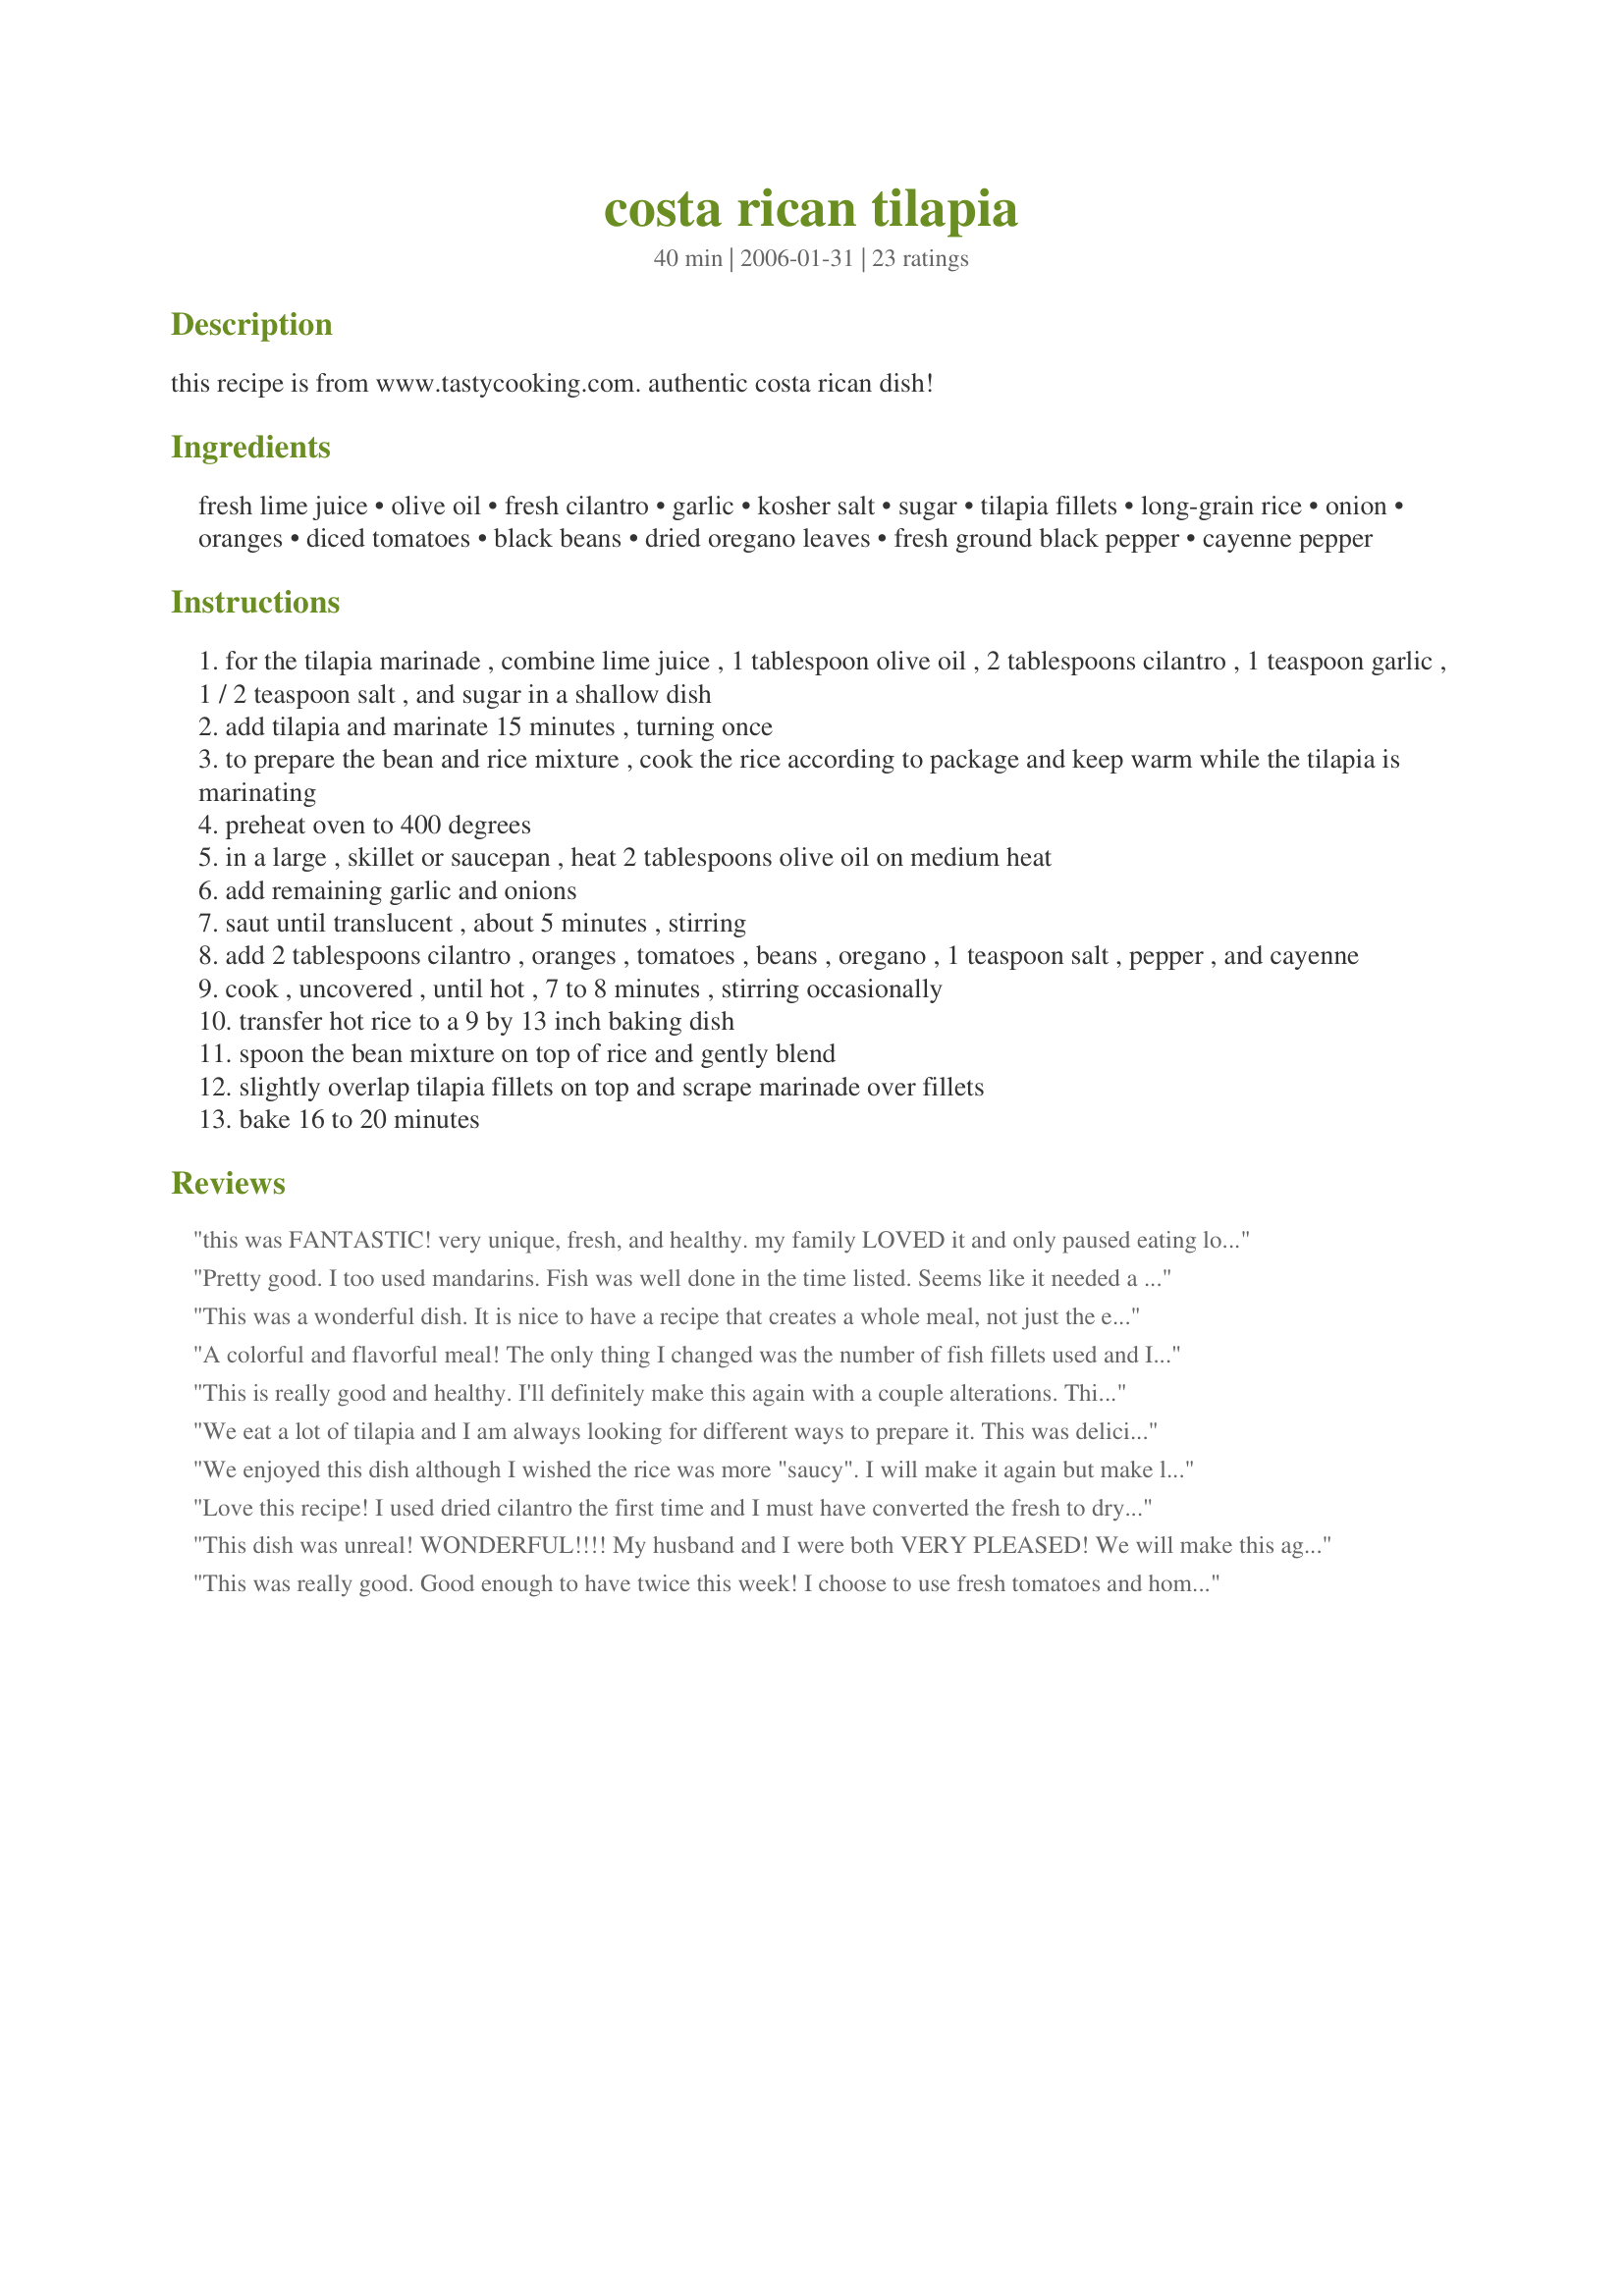
costa rican tilapia
Preparation time: 40 minutes

this recipe is from www.tastycooking.com. authentic costa rican dish!

Ingredients:
fresh lime juice, olive oil, fresh cilantro, garlic, kosher salt, sugar, tilapia fillets, long-grain rice, onion, oranges, diced tomatoes, black beans, dried oregano leaves, fresh ground black pepper, cayenne pepper

Steps:
for the tilapia marinade , combine lime juice , 1 tablespoon olive oil , 2 tablespoons cilantro , 1 teaspoon garlic , 1 / 2 teaspoon salt , and sugar in a shallow dish
add tilapia and marinate 15 minutes , turning once
to prepare the bean and rice mixture , cook the rice according to package and keep warm while the tilapia is marinating
preheat oven to 400 degrees
in a large , skillet or saucepan , heat 2 tablespoons olive oil on medium heat
add remaining garlic and onions
saut until translucent , about 5 minutes , stirring
add 2 tablespoons cilantro , oranges , tomatoes , beans , oregano , 1 teaspoon salt , pepper , and cayenne
cook , uncovered , until hot , 7 to 8 minutes , stirring occasionally
transfer hot rice to a 9 by 13 inch baking dish
spoon the bean mixture on top of rice and gently blend
slightly overlap tilapia fillets on top and scrape marinade over fillets
bake 16 to 20 minutes

Reviews:
this was FANTASTIC! very unique, fresh, and healthy. my family LOVED it and only paused eating long enough to say "WOW this is DELICIOUS" every minute or so. i made it exactly as posted, no changes at all. thanks!
Pretty good. I too used mandarins. Fish was well done in the time listed. Seems like it needed a little something more like some cumin maybe. Topped fillets with green onion after baking to add some visual appeal. They looked a little anemic.
This was a wonderful dish. It is nice to have a recipe that creates a whole meal, not just the entree. It was definitely different than the run-of-the-mill talapia recipe, and it will make many repeat appearances at our table. Thanks for a real treat, SouthernBell2627.
A colorful and flavorful meal! The only thing I changed was the number of fish fillets used and I may have thrown in a little more cilantro because I'm such a big fan of it. Next time I might throw a little more cayenne in it or just chop up a fresh hot pepper for a little more kick.
Also, if you use fresh oranges, don't forget to get rid of as much of the pith (the white stuff between the peel and the fruit) as possible to avoid a bitter taste.
This is really good and healthy. I'll definitely make this again with a couple alterations. This time I only used one can of diced tomatoes and used the mandarin oranges as other reviewers thankfully inspired me to do. Hubby is not a fan of tomatoes or cilantro though so next time he suggested I use maybe fire roasted tomatoes for a mellower tomato taste and skip the cilantro. I'll just add some fresh cilantro to my plate only which I think would be even better. Thanks for this one SouthernBell.
We eat a lot of tilapia and I am always looking for different ways to prepare it. This was delicious. I only cooked 3 fillets for the two of us but kept the marinade to the same amounts. I used 1/2 cup of rice and a large can of mandarin oranges because I didn't have any oranges. I also used only a 14 ounce can of diced tomatoes. We just finished the leftover rice for lunch! YUM!
We enjoyed this dish although I wished the rice was more "saucy". I will make it again but make less rice...
Thanks for sharing!
Love this recipe! I used dried cilantro the first time and I must have converted the fresh to dry ratio wrong because it was a bit overpowering. I cut back the amount to half the second time, and it was perfect.
This dish was unreal! WONDERFUL!!!!
My husband and I were both VERY PLEASED! We will make this again!!
This was really good. Good enough to have twice this week! I choose to use fresh tomatoes and home-prepared pinto beans , and of course we always add more cayenne than called for in any recipe! We enjoyed the results so much, we're serving it to company tomorrow!
We love this with tilapia, but last night we made it with a pound of shrimp instead-INCREDIBLE!!! Thanks so much for posting!
Love this recipe. After returning from Costa Rica, I planned several dinner parties and featured this dish. What a hit. They loved it!
Fabulous! We used a box of Uncle Ben's long grain and wild rice. Will definitely make again!!
My family and I loved this recipe. We will be traveling to Costa Rica next month and we hope that the food we have there is as good as this was. It was absolutely delicious and I look forward to making it again. Thank you.
We loved it, thanks!
We really loved this dish. The directions were kind of confusing in the order, etc., but it turned out to have delicious results! Next time I will add more cayenne since I like it spicy. Highly recommended!
I've made this three times now and it has been a hit with everyone from my mother (who doesn't care for fish) to my boyfriend (a fabulous New Orleans chef). It is easy to make and so delicious! I haven't changed anything although I eyeball ingredients and probably use a bit more cayenne than called for. I use black beans and I think that using cilantro (over parsley) is a must! Thank you for posting this recipe!
LOVE THIS!!! I've made it w/ tilapia and with shrimp as another poster suggested. My husband raved about it. The combination of flavors is very refreshing andclean tasting. Definitely go w/ the cilantro. I used brown rice and canned mandarin oranges as that's what I had in the pantry. Impressive enough for company!
Made half a recipe and DH loved this one. All the flavor from the beans and rice with the tilapia was great.
This meal is EXCELLENT -- my hubby and I both immediately said "This is a keeper!" Spices are perfect -- I also used mandarin oranges, but otherwise kept the recipe pretty much as written. A Must Try !!
Zowie! After spending a little over a month in Costa Rica back when I was in college, I can say without reservation that this recipe made me nostalgic for a return trip! Not only were the flavors authentic, but they were also just plain awesome. I did make a few substitutions based on what I had on hand: 4tsp dried cilantro instead of 4tbsp fresh; 3/4c canned, drained Mandarin oranges instead of 2 whole, fresh oranges; and 1 14.5oz can diced tomatoes instead of a 28oz. can. Also, purely for convenience, I subbed some pre-prepared yellow rice instead of cooking my own. And, although this recipe is a complete meal on its own, my fiance and I enjoyed it with a side of Fried Tortilla Chips (Recipe #7029), which added some nice salty crunch. Absolutely delicious--we're looking forward to eating the leftovers later this week!
YUM YUM YUM!!! This dish is so delicious and pretty easy to prepare too. I used canned mandarin oranges but besides that didn't make any changes. Thanks so much for this awesome recipe!!!
I made this today for a lady I cook for. She wanted a black bean and fish recipe and didn't have access to mine so I thought I would try something new.

Cilantro is a must for this. 15 minutes is not enough marinade for me. Tilapia I found was too thin and the cooking time too long. My rice did not cook through all the way and I would cut down on the tomatoes for my liking. Black beans definitely and more cayenne.

It overall has great flavor, but the fish to me was too overdone.

It may be just me and my tastes. The orange I didn't like in the dish either I would leave that out.

I'm sorry ... I eat tons of fish and maybe that is why I am more critical. It is a good recipe, but for my tastes I would have to change a few things.
